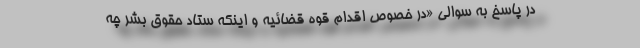
در پاسخ به سوالی «در خصوص اقدام قوه قضائیه و اینکه ستاد حقوق بشر چه